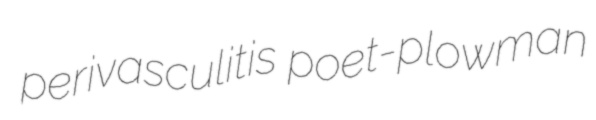
perivasculitis poet-plowman